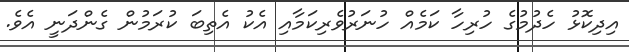
އިދިކޮޅު ހެދުމުގެ ހުރިހާ ކަމެއް ހުނަރުވެރިކަމާއި އެކު އެތިބަ ކުރަމުން ގެންދަނީ އެވެ.